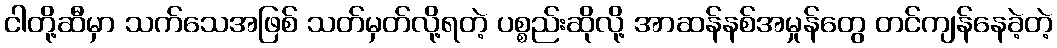
ငါတို့ဆီမှာ သက်သေအဖြစ် သတ်မှတ်လို့ရတဲ့ ပစ္စည်းဆိုလို့ အာဆန်နစ်အမှုန်တွေ တင်ကျန်နေခဲ့တဲ့